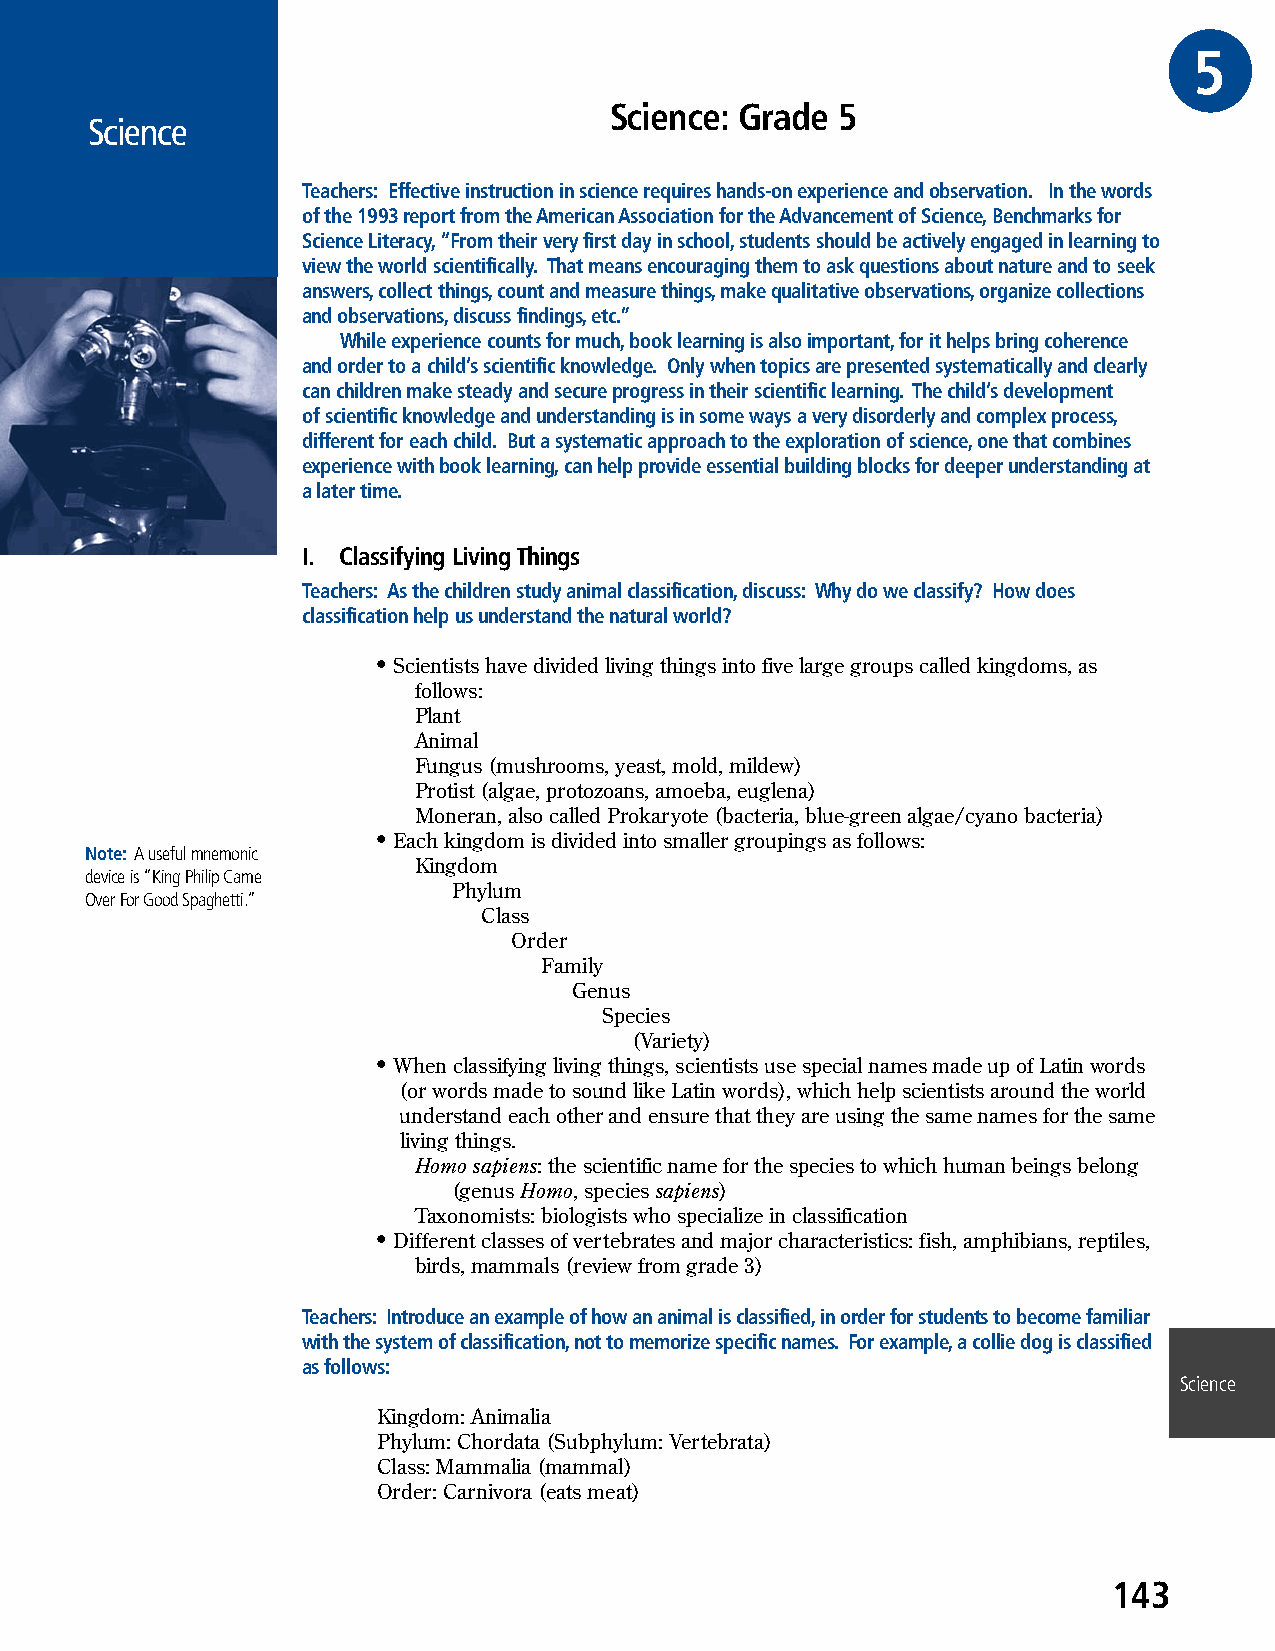
G5RADE
 Science: Grade 5
 Science
 Teachers: Effective instruction in science requires hands-on experience and observation. In the words
 of the 1993 report from the American Association for the Advancement of Science, Benchmarks for
 Science Literacy, “From their very first day in school, students should be actively engaged in learning to
 view the world scientifically. That means encouraging them to ask questions about nature and to seek
 answers, collect things, count and measure things, make qualitative observations, organize collections
 and observations, discuss findings, etc.”
 While experience counts for much, book learning is also important, for it helps bring coherence
 and order to a child’s scientific knowledge. Only when topics are presented systematically and clearly
 can children make steady and secure progress in their scientific learning. The child’s development
 of scientific knowledge and understanding is in some ways a very disorderly and complex process,
 different for each child. But a systematic approach to the exploration of science, one that combines
 experience with book learning, can help provide essential building blocks for deeper understanding at
 a later time.
 I. Classifying Living Things
 Teachers: As the children study animal classification, discuss: Why do we classify? How does
 classification help us understand the natural world?
 • Scientists have divided living things into five large groups called kingdoms, as
 follows:
 Plant
 Animal
 Fungus (mushrooms, yeast, mold, mildew)
 Protist (algae, protozoans, amoeba, euglena)
 Moneran, also called Prokaryote (bacteria, blue-green algae/cyano bacteria)
 • Each kingdom is divided into smaller groupings as follows:
 Note: A useful mnemonic
 Kingdom
 device is “King Philip Came
 Phylum
 Over For Good Spaghetti.”
 Class
 Order
 Family
 Genus
 Species
 (Variety)
 • When classifying living things, scientists use special names made up of Latin words
 (or words made to sound like Latin words), which help scientists around the world
 understand each other and ensure that they are using the same names for the same
 living things.
 Homo sapiens: the scientific name for the species to which human beings belong
 (genus Homo, species sapiens)
 Taxonomists: biologists who specialize in classification
 • Different classes of vertebrates and major characteristics: fish, amphibians, reptiles,
 birds, mammals (review from grade 3)
 Teachers: Introduce an example of how an animal is classified, in order for students to become familiar
 with the system of classification, not to memorize specific names. For example, a collie dog is classified
 as follows:
 Science
 Kingdom: Animalia
 Phylum: Chordata (Subphylum: Vertebrata)
 Class: Mammalia (mammal)
 Order: Carnivora (eats meat)
 143